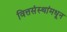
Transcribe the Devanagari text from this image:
वित्तसंस्थांमधून